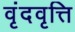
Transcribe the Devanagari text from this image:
वृंदवृत्ति